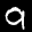
Label: 9